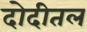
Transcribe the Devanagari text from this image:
दोदीतल